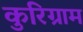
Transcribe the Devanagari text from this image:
कुरिग्राम